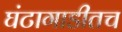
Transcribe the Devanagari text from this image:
घंटागाडीतच